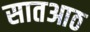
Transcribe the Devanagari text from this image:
सातआठ